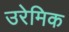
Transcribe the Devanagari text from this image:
उरेमिक